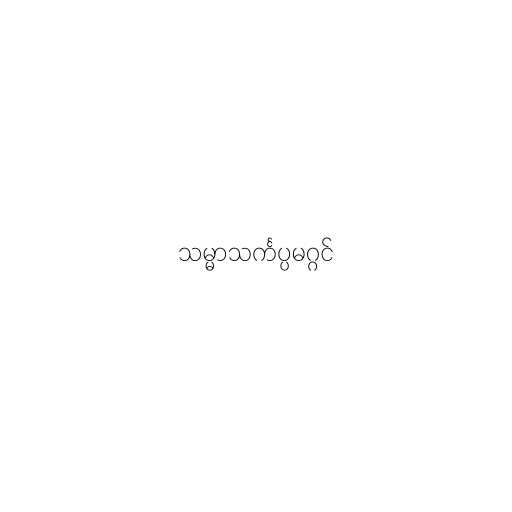
သမ္မာသင်္ကပ္ပမဂ္ဂင်